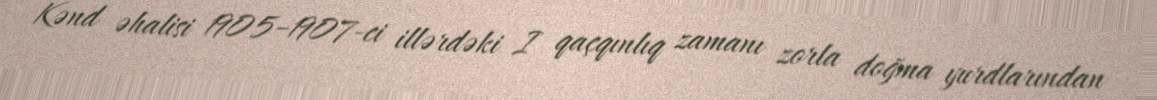
Kənd əhalisi 1905–1907-ci illərdəki I qaçqınlıq zamanı zorla doğma yurdlarından